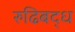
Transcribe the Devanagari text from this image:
रुढिबद्ध